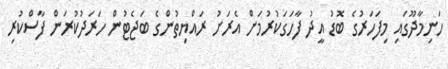
ހަނިމާދޫގައި މިފަހަރުގެ ބޮޑު އީދު ފާހަގަކުރުމަށް އެރަށު ރައްޔިތުންގެ ބަޖެޓުން ހަރަދުކުރަން ފާސްކުރި